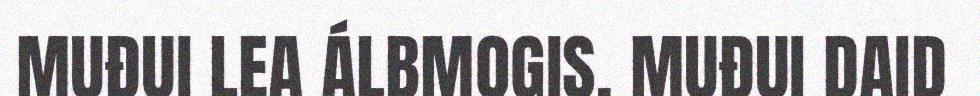
MUĐUI LEA ÁLBMOGIS. MUĐUI DAID